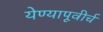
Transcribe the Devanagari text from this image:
येण्यापूवीर्च